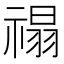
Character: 禢